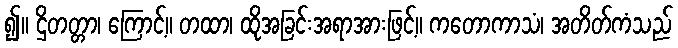
၍။ ဌိတတ္တာ၊ ကြောင့်။ တထာ၊ ထိုအခြင်းအရာအားဖြင့်။ ကတောကာသံ၊ အတိတ်ကံသည်